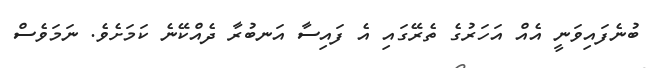
ބުނެފައިވަނީ އެއް އަހަރުގެ ތެރޭގައި އެ ފައިސާ އަނބުރާ ދެއްކޭނެ ކަމަށެވެ. ނަމަވެސް